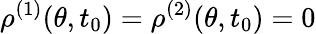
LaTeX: \rho^{(1)}(\theta,t_{0})=\rho^{(2)}(\theta,t_{0})=0